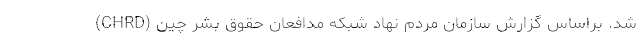
شد. براساس گزارش سازمان مردم نهاد شبکه مدافعان حقوق بشر چین (CHRD)